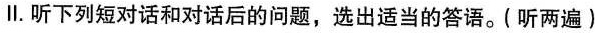
ll.听下列短对话和对话后的问题,选出适当的答语。(听两遍)